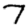
Digit: 7